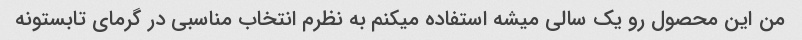
من این محصول رو یک سالی میشه استفاده میکنم به نظرم انتخاب مناسبی در گرمای تابستونه